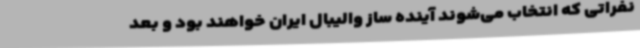
نفراتی که انتخاب می‌شوند آینده ساز والیبال ایران خواهند بود و بعد